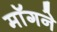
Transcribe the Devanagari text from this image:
माॅगने